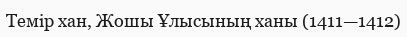
Темір хан, Жошы Ұлысының ханы (1411—1412)